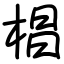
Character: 椙